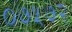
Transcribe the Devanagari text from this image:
०७५७२